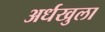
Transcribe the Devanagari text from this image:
अर्धखुला